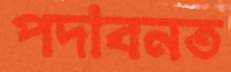
পদাবনত